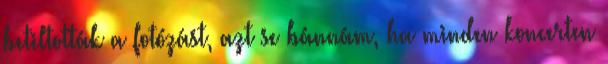
betiltották a fotózást, azt se bánnám, ha minden koncerten